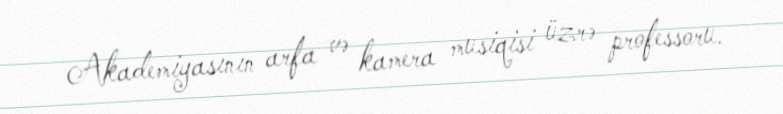
Akademiyasının arfa və kamera musiqisi üzrə professoru.